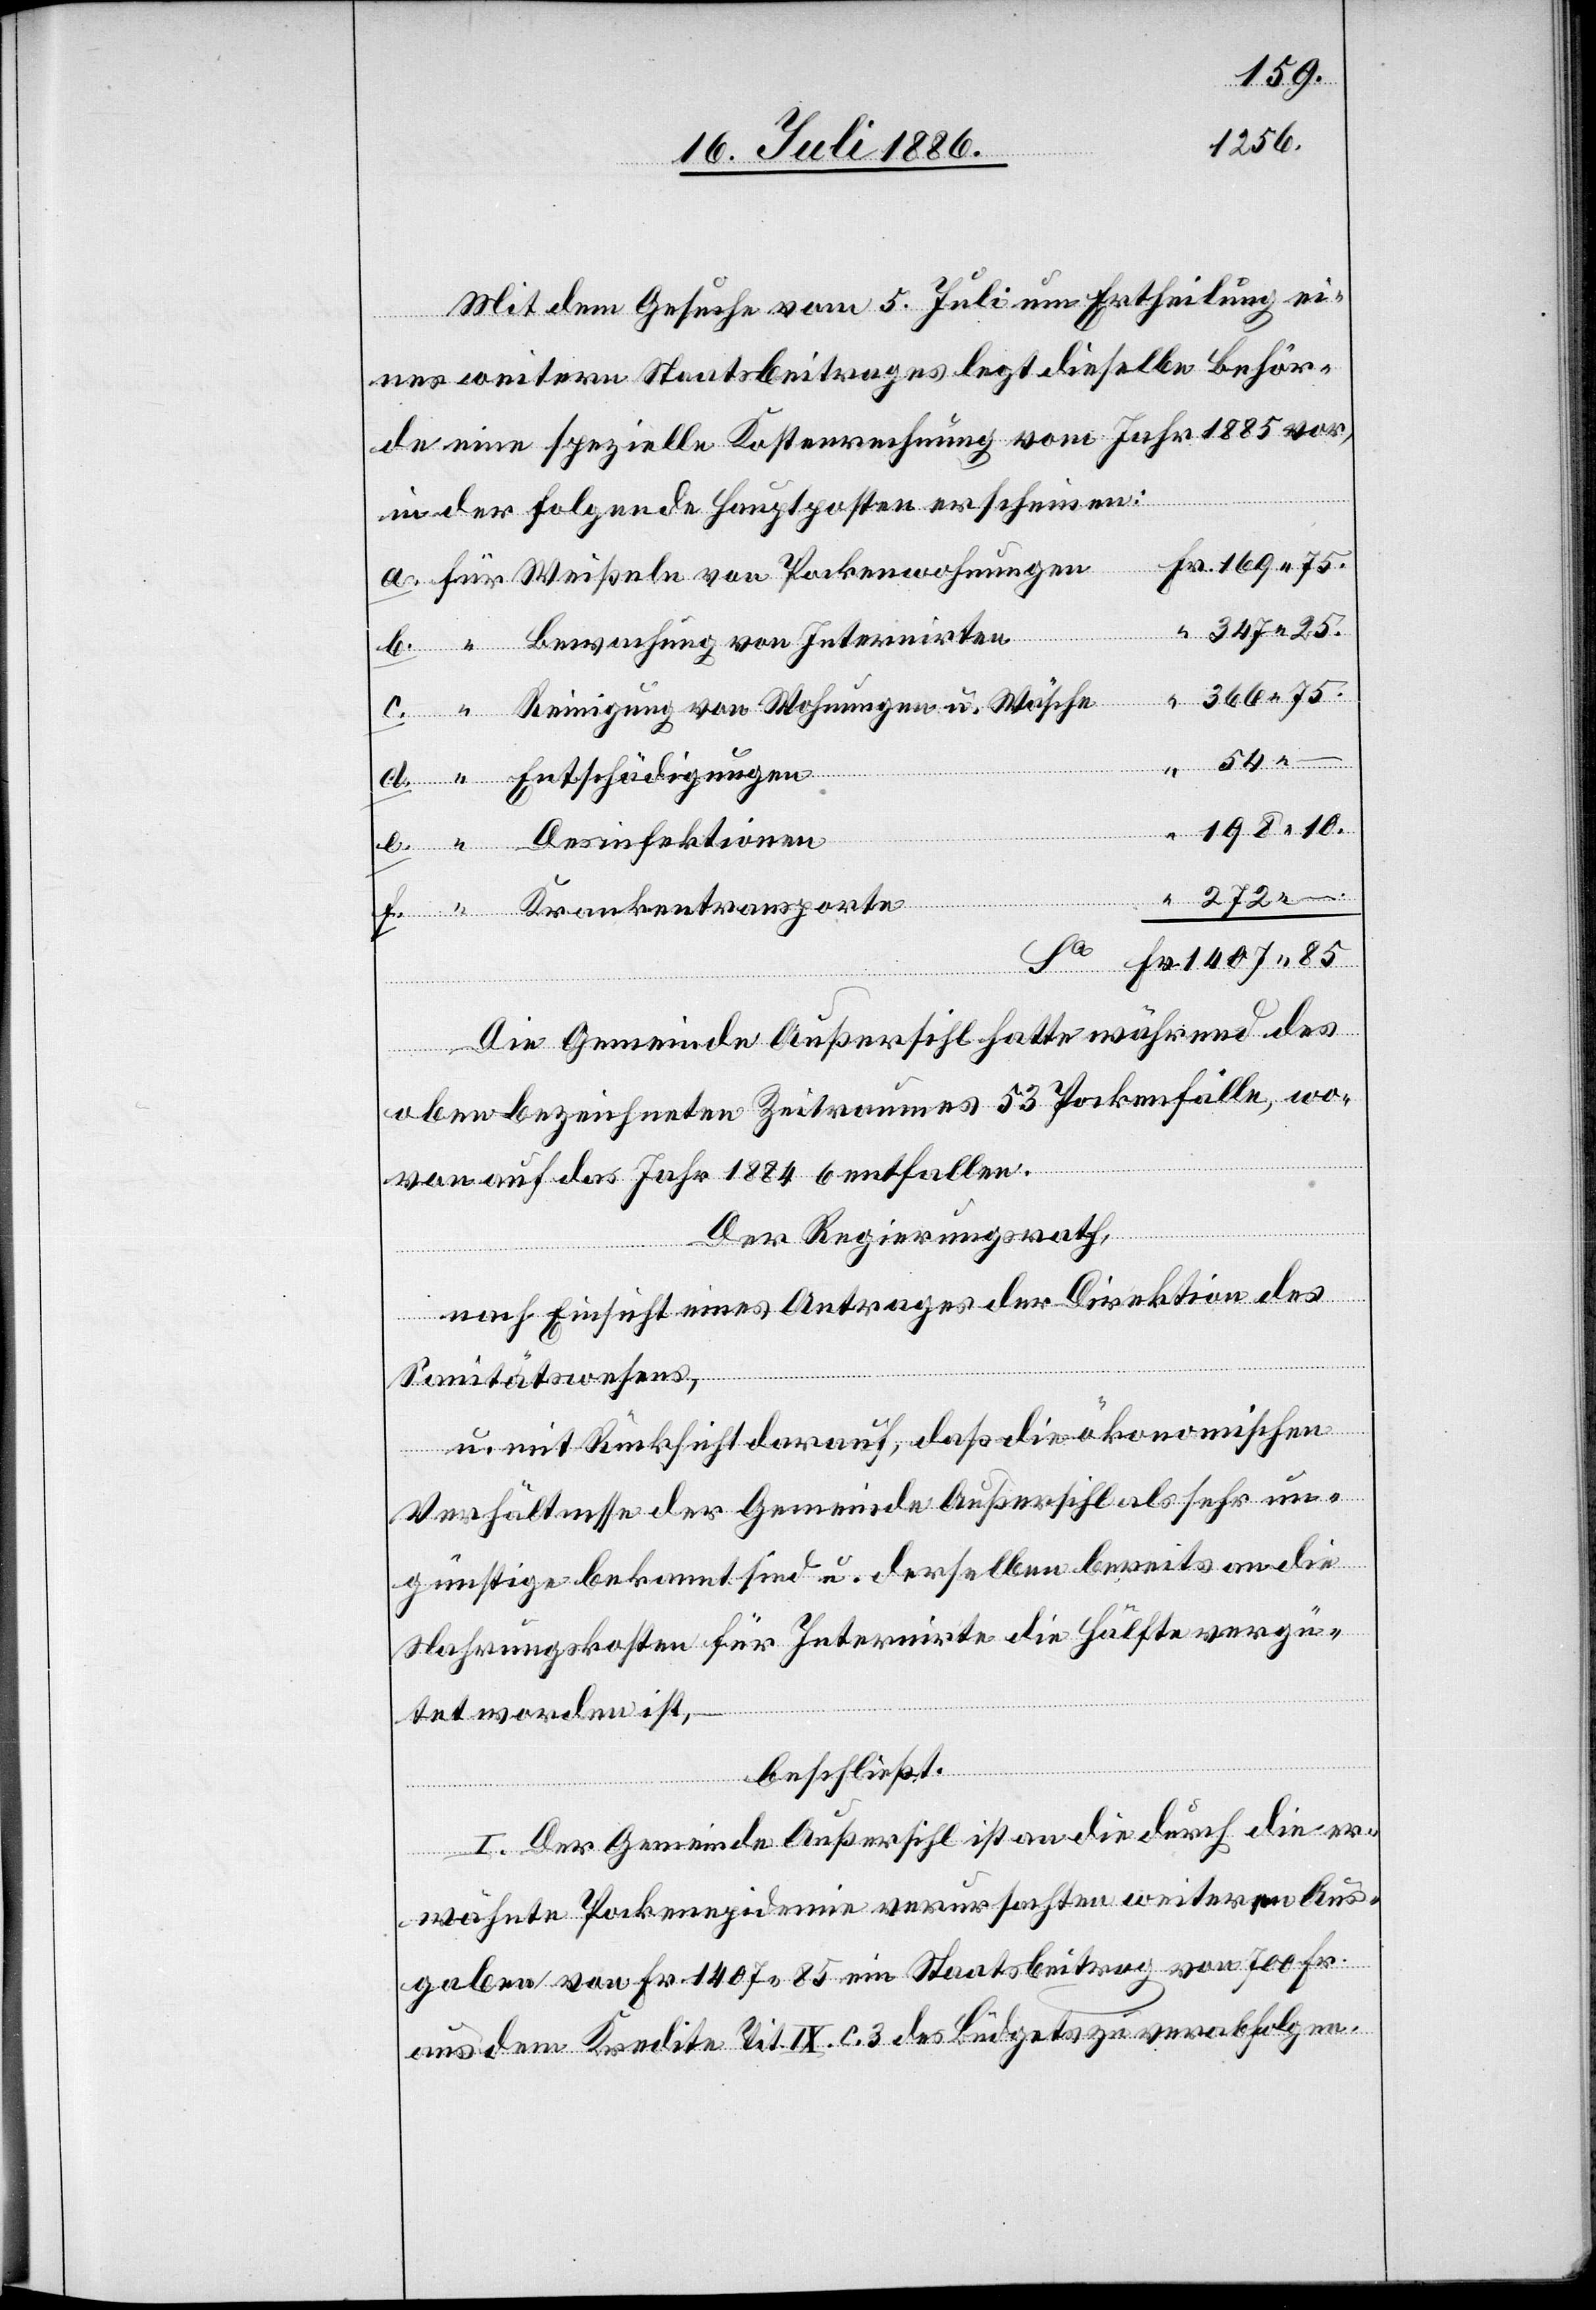
Mit dem Gesuche vom 5. Juli um Ertheilung ei¬
nes weitern Staatsbeitrages legt dieselbe Behör¬
de eine spezielle Kostenrechnung vom Jahr 1885 vor,
in der folgende Hauptposten erscheinen:
Fr.
Weißeln von Pockenwohnungen
onen
Reinigung von Wohnungen u. Wäsche
Entschädigungen
Krankentransporte
Die Gemeinde Außersihl hatte während des
oben bezeichneten Zeitraumes 53 Pockenfälle, wo¬
fekti¬
von auf das Jahr 1884 6 entfallen.
Der Regierungsrath,
chung
nach Einsicht eines Antrages der Direktion des
272
Sanitätswesens,
u. mit Rücksicht darauf, daß die ökonomischen
Verhältnisse der Gemeinde Außersihl als sehr un¬
günstige bekannt sind u. derselben bereits an die
Nahrungskosten für Internirte die Hälfte vergü¬
tet worden ist,
beschließt:
I. Der Gemeinde Außersihl ist an die durch die er¬
wähnte Pockenepidemie verursachten weiteren Aus¬
gaben von Fr. 1407 85 ein Staatsbeitrag von 700 Fr.
aus dem Kredite Tit. IX C. 3 des Büdgets zu verabfolgen.